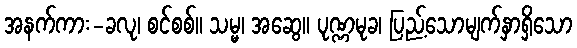
အနက်ကား-ခလု၊ စင်စစ်။ သမ္မ၊ အဆွေ။ ပုဏ္ဏမုခ၊ ပြည့်သောမျက်နှာရှိသော